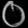
Digit: ၀